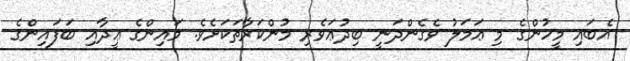
އެބައި މީހުންގެ މި ޢަމަލު ވެގެންދަނީ ބިދުޢަވެރި މުންކަރާތަކަށެވެ. މައިންގެ ޢީދާއި ބަފައިންގެ